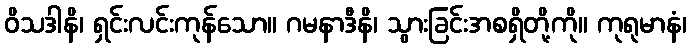
ဝိသဒါနိ၊ ရှင်းလင်းကုန်သော။ ဂမနာဒီနိ၊ သွားခြင်းအစရှိတို့ကို။ ကုရုမာနံ၊